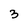
Character: 3